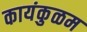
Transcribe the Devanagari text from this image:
कायंकुळम